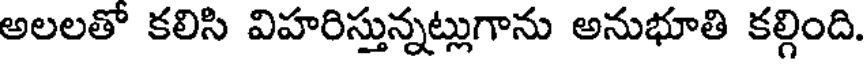
అలలతో కలిసి విహరిస్తున్నట్లుగాను అనుభూతి కల్గింది.